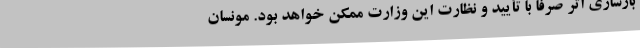
بازسازی اثر صرفا با تأیید و نظارت این وزارت ممکن خواهد بود. مونسان